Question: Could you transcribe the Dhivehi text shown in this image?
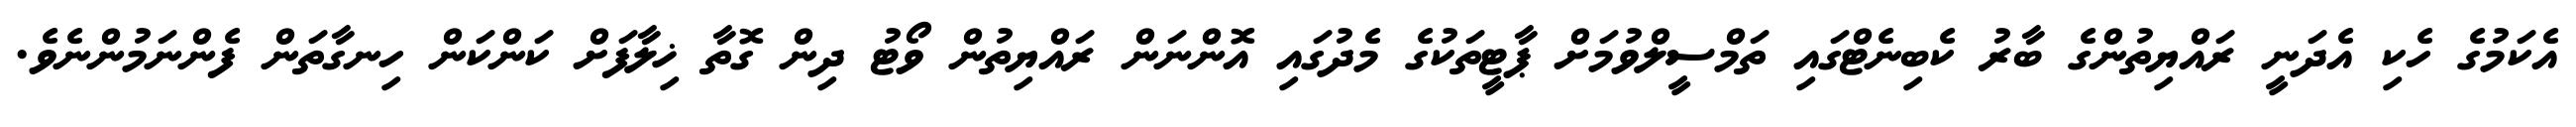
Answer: އެކަމުގެ ހެކި އެދަނީ ރައްޔިތުންގެ ބާރު ކެބިނެޓްގައި ތަމްސީލްވުމަށް ޕާޓީތަކުގެ މެދުގައި އޮންނަން ރައްޔިތުން ވޯޓު ދިން ގޮތާ ޚިލާފަށް ކަންކަން ހިނގާތަން ފެންނަމުންނެވެ.